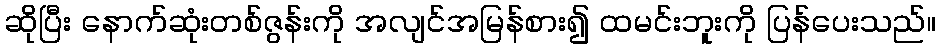
ဆိုပြီး နောက်ဆုံးတစ်ဇွန်းကို အလျင်အမြန်စား၍ ထမင်းဘူးကို ပြန်ပေးသည်။